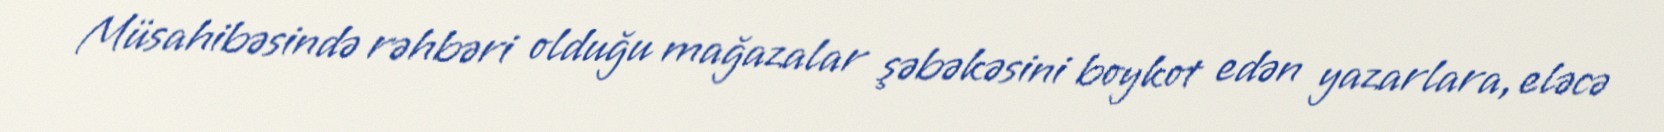
Müsahibəsində rəhbəri olduğu mağazalar şəbəkəsini boykot edən yazarlara, eləcə